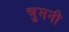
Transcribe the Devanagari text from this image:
चुमनी